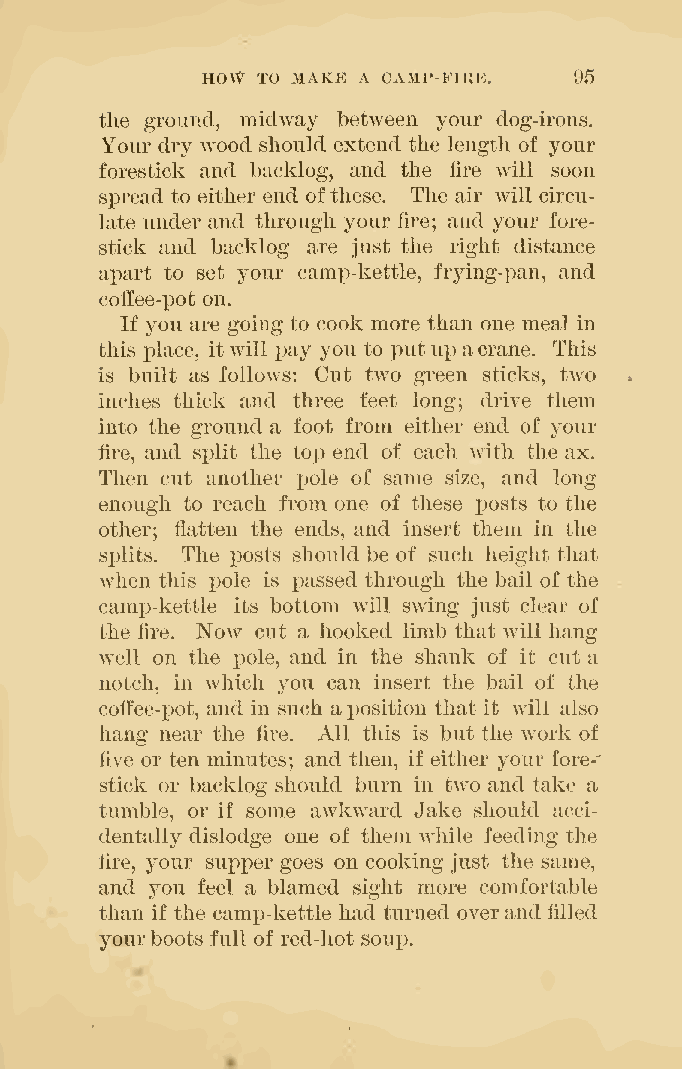
HOW TO MAKE A CAMP-FIRE. 95
 the ground, midway between your dog-irons.
 Your dry Avood should extend the length of your
 forestick and backlog, and the lire will soon
 spread to either end ofthese. The air will circu-
 late under and through your hre; and your fore-
 stick and backlog are just the right distance
 apart to set your camj)-kettle, frying-pan, and
 coffee-pot on.
 If you are going to cook more than one meal in
 this place, it will j)ay you to putup acrane. This
 is built as follows: Cut two green sticks, two
 inches thick and three feet long; drive them
 into the ground a foot from either end of your
 lire, and sx)lit the toj) end of eacli with the ax.
 Then cut another pole of same size, and long
 enough to reach from one of these posts to the
 other; flatten the ends, and insert them in the
 splits. The posts should be of such height that
 when this pole is iDassed through the bail of the
 camp-kettle its bottom will swing just clear of
 the fire. Now cut a hooked limb that Avill hang
 well on the pole, and in the shank of it cut a
 notch, in which you can insert the bail of the
 coffee-pot, and in such aposition that it will also
 hang near the fire. All this is but the work of
 five or ten minutes; and then, if either your fore-'
 stick or backlog should burn in two and take a
 tumble, or if some awkward Jake should acci-
 dentally dislodge one of them while feeding the
 fire, your supper goes on cooking just the same,
 and you feel a blamed sight more comfortable
 than if the camx)-kettle had turned overand filled
 yourboots full of red-hot soup.